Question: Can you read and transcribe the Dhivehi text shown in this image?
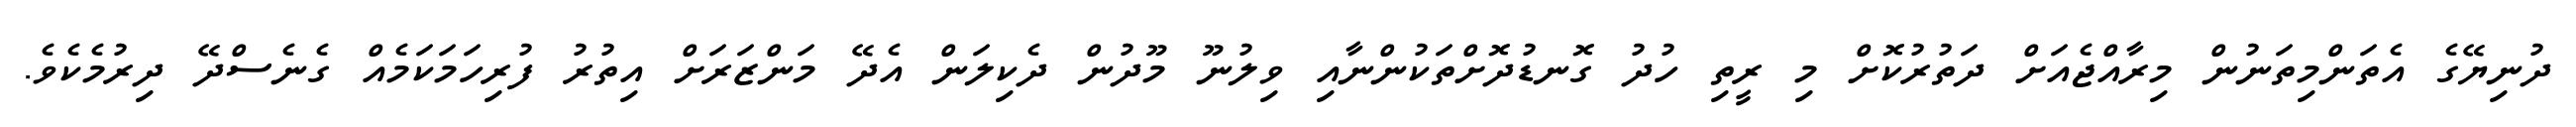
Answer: ދުނިޔޭގެ އެތަންމިތަނުން މިރާއްޖެއަށް ދަތުރުކޮށް މި ރީތި ހުދު ގޮނޑުދޮށްތަކުންނާއި ވިލުނޫ މޫދުން ދެކިލަން އެދޭ މަންޒަރަށް އިތުރު ފުރިހަމަކަމެއް ގެނެސްދޭ ދިރުމެކެވެ.